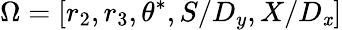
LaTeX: \Omega=\left[r_{2},r_{3},\theta^{*},S/D_{y},X/D_{\mathit{x}}\right]